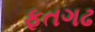
ફતગઢ